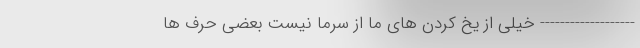
------------------- خیلی از یخ کردن های ما از سرما نیست بعضی حرف ها